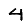
Digit: 4